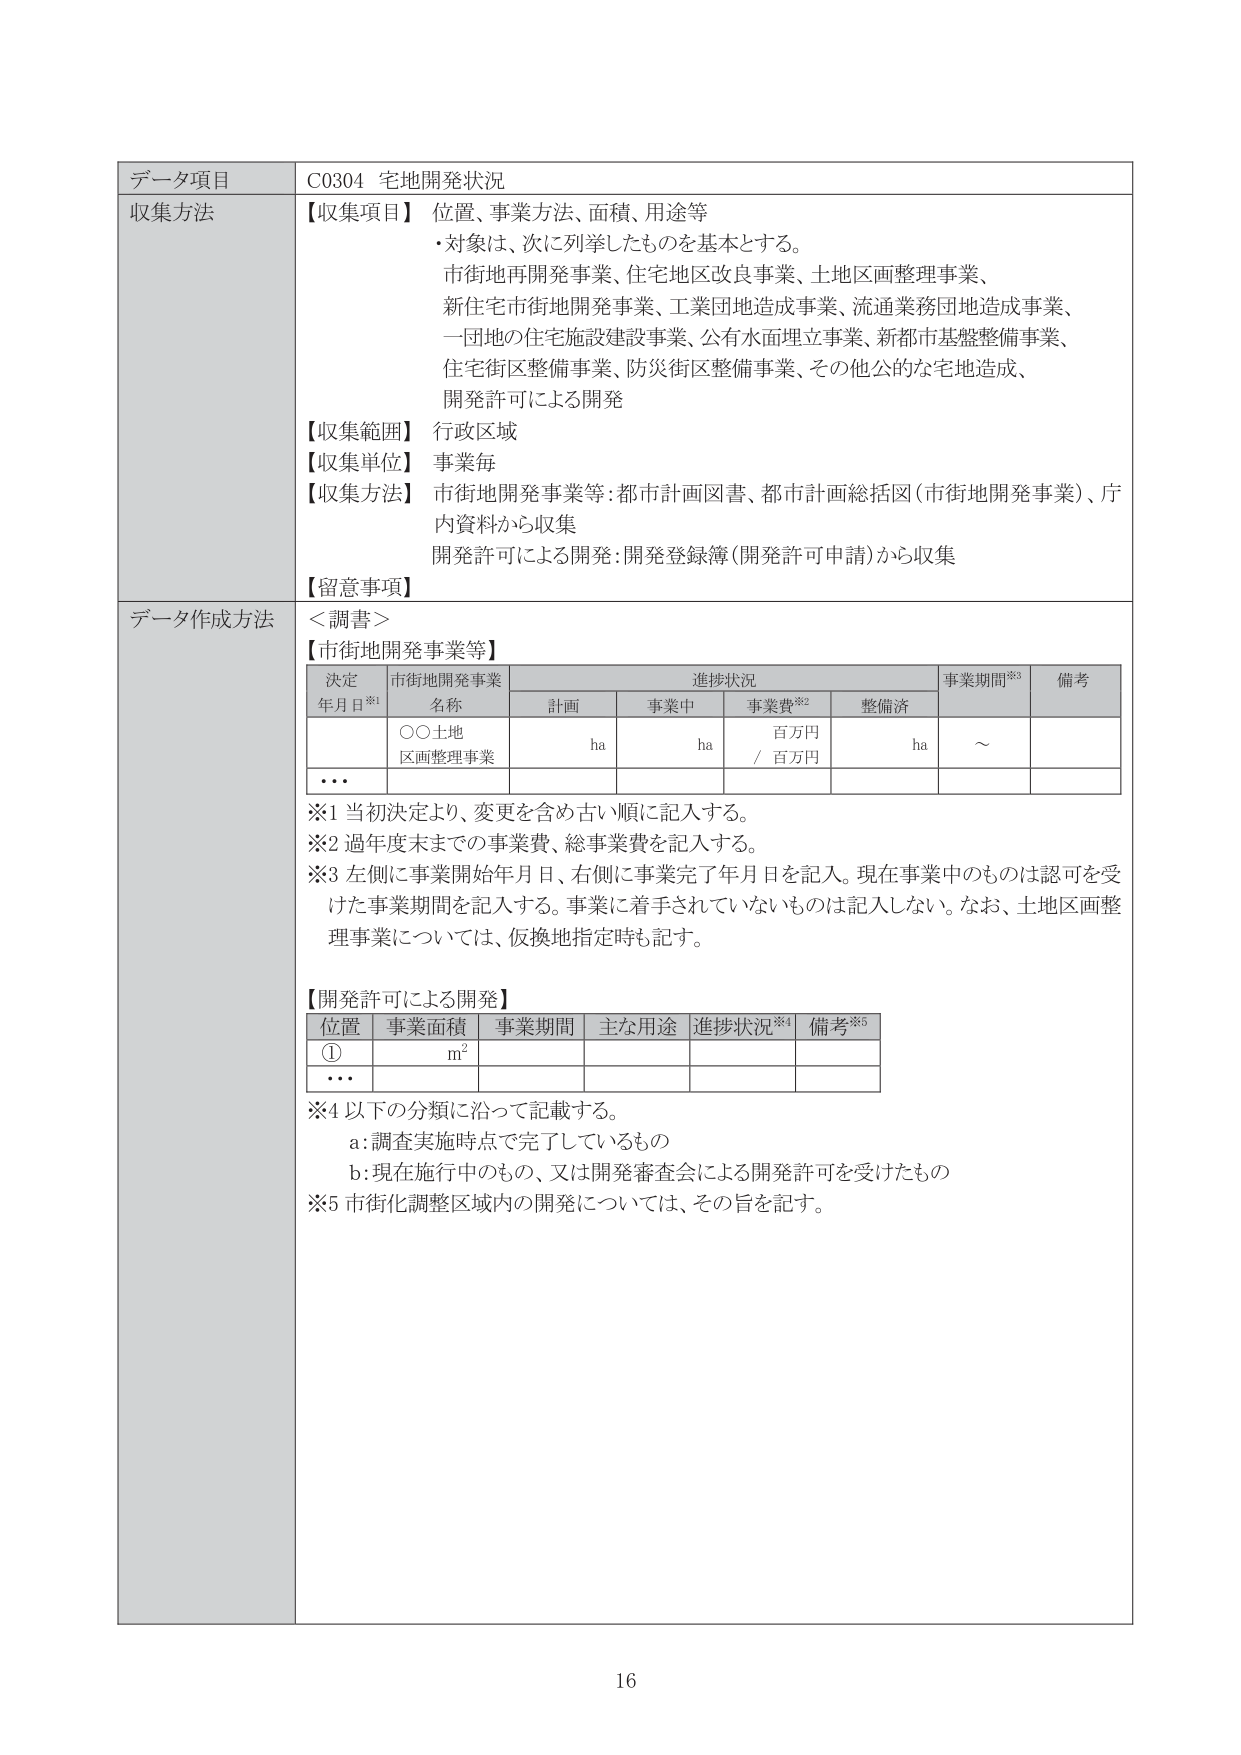
データ項目　C0304 宅地開発状況
収集方法　【収集項目】位置、事業方法、面積、用途等
・対象は、次に列挙したものを基本とする。
市街地再開発事業、住宅地区改良事業、土地区画整理事業、
新住宅市街地開発事業、工業団地造成事業、流通業務団地造成事業、
一団地の住宅施設建設事業、公有水面埋立事業、新都市基盤整備事業、
住宅街区整備事業、防災街区整備事業、その他公的な宅地造成、
開発許可による開発
【収集範囲】行政区域
【収集単位】事業毎
【収集方法】市街地開発事業等：都市計画図書、都市計画総括図（市街地開発事業）、庁
内資料から収集
開発許可による開発：開発登録簿（開発許可申請）から収集
【留意事項】

データ作成方法　＜調書＞
【市街地開発事業等】
　　決定　　　市街地開発事業　　　　　　　進捗状況　　　　　　　事業期間※3　　　備考
　　年月日※1　名称　　　　　計画　　　事業中　　　事業費※2　　　整備済
　　　　　　　○○土地　　　　　ha　　　ha　　　百万円　　　ha　　　～
　　　　　　　区画整理事業　　　　　　　　　　　／百万円
　　　　　　　・・・

※1 当初決定より、変更を含め古い順に記入する。
※2 過年度末までの事業費、総事業費を記入する。
※3 左側に事業開始年月日、右側に事業完了年月日を記入。現在事業中のものは認可を受けた事業期間を記入する。事業に着手されていないものは記入しない。なお、土地区画整理事業については、仮換地指定時も記す。

【開発許可による開発】
　　位置　　　事業面積　　　事業期間　　　主な用途　　　進捗状況※4　　　備考※5
　　①　　　　m²
　　・・・

※4 以下の分類に沿って記載する。
　　a：調査実施時点で完了しているもの
　　b：現在施行中のもの、又は開発審査会による開発許可を受けたもの
※5 市街化調整区域内の開発については、その旨を記す。

16